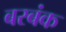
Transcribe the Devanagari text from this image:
बरबंक